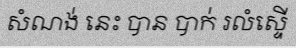
សំណង់ នេះ បាន បាក់ រលំស្ទើ